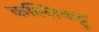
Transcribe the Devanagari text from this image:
कल्लिकट्टू